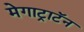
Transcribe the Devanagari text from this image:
मेगाट्राटॅन